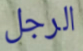
الرجل